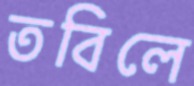
তবিলে